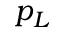
p _ { L }